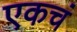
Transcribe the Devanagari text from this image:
एकचं